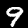
Label: 9